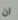
ان